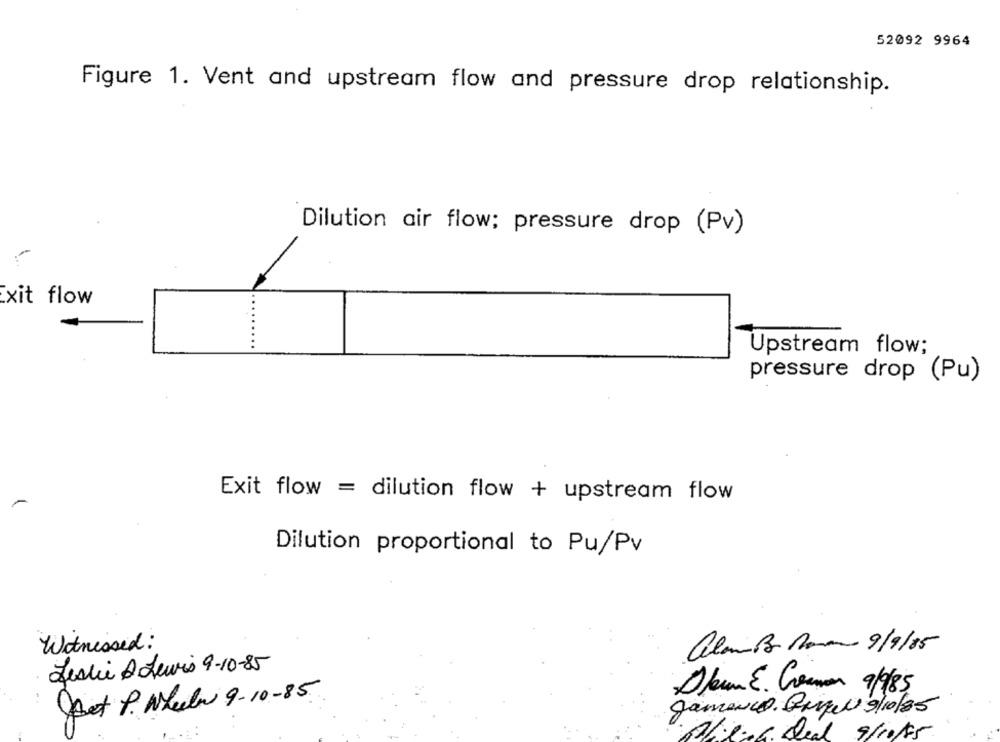
52092 9964
Figure 1. Vent and upstream flow and pressure drop relationship.
Dilution air flow; pressure drop (Pv)
xit flow
Upstream flow;
pressure drop (Pu)
Exit flow = dilution flow + upstream flow
Dilution proportional to Pu/Pv
Witnessed :
ale Bo Romana 9/9/85
Leslie A Lewis 9-10-85
Dleum E. Cremen 9/9/85
Det P. While 9-10-85
Jamarco Quique 9/10/85